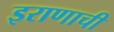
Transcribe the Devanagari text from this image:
इराणाची